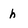
Character: h